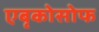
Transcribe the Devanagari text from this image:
एबृकोसोफ